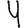
Digit: 4